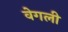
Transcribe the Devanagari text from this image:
वेगली